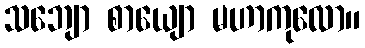
သဘျော စာယျော မဟာကုလော။